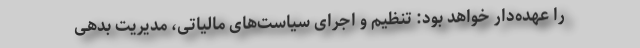
را عهده‌دار خواهد بود: تنظیم و اجرای سیاست‌های مالیاتی، مدیریت بدهی